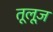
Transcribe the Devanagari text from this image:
तूलूज़